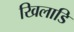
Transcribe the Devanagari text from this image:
खिलाडि